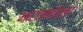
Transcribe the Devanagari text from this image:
भारतमातेला